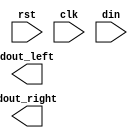
/*--  *******************************************************
--  Computer Architecture Course, Laboratory Sources 
--  Amirkabir University of Technology (Tehran Polytechnic)
--  Department of Computer Engineering (CE-AUT)
--  https://ce[dot]aut[dot]ac[dot]ir
--  *******************************************************
--  All Rights reserved (C) 2019-2020
--  *******************************************************
--  Student ID  : 
--  Student Name: 
--  Student Mail: 
--  *******************************************************
--  Additional Comments:
--
--*/

/*-----------------------------------------------------------
---  Module Name: Sequential System
---  Description: Lab 10 Part 3
-----------------------------------------------------------*/
`timescale 1 ns/1 ns

module dflop (
	input        rst ,
	input        clk ,
	input  [3:0] din ,
	output [3:0] dout_left ,
	output [3:0] dout_right
);

	/* write your code here */
	
	/* write your code here */

endmodule